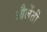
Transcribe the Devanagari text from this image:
औलेंती